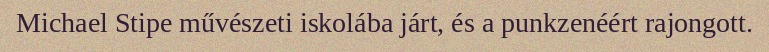
Michael Stipe művészeti iskolába járt, és a punkzenéért rajongott.